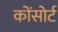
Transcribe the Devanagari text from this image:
कोंसोर्ट